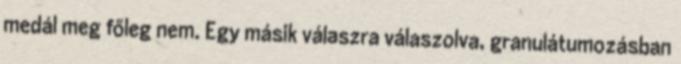
medál meg főleg nem. Egy másik válaszra válaszolva, granulátumozásban